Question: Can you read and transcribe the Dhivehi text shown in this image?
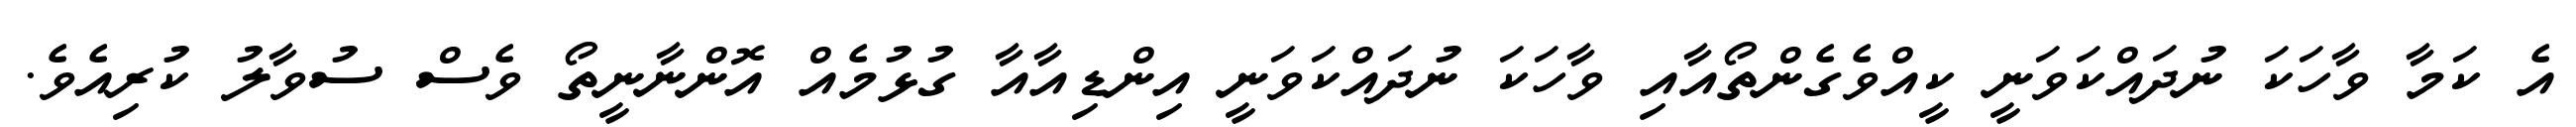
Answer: އެ ކަމާ ވާހަކަ ނުދައްކަވަނީ ކީއްވެގެންތޯއާއި ވާހަކަ ނުދައްކަވަނީ އިންޑިއާއާ ގުޅުމެއް އޮންނާނީތޯ ވެސް ސުވާލު ކުރިއެވެ.